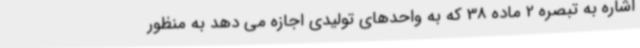
اشاره به تبصره 2 ماده 38 که به واحدهای تولیدی اجازه می دهد به منظور